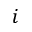
i